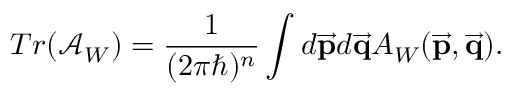
T r ( \mathcal { A } _ { W } ) = { \frac { 1 } { ( 2 \pi \hbar ) ^ { n } } } \int d \overrightarrow { { \bf p } } d \overrightarrow { { \bf q } } A _ { W } ( \overrightarrow { { \bf p } } , \overrightarrow { { \bf q } } ) .